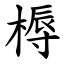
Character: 槈